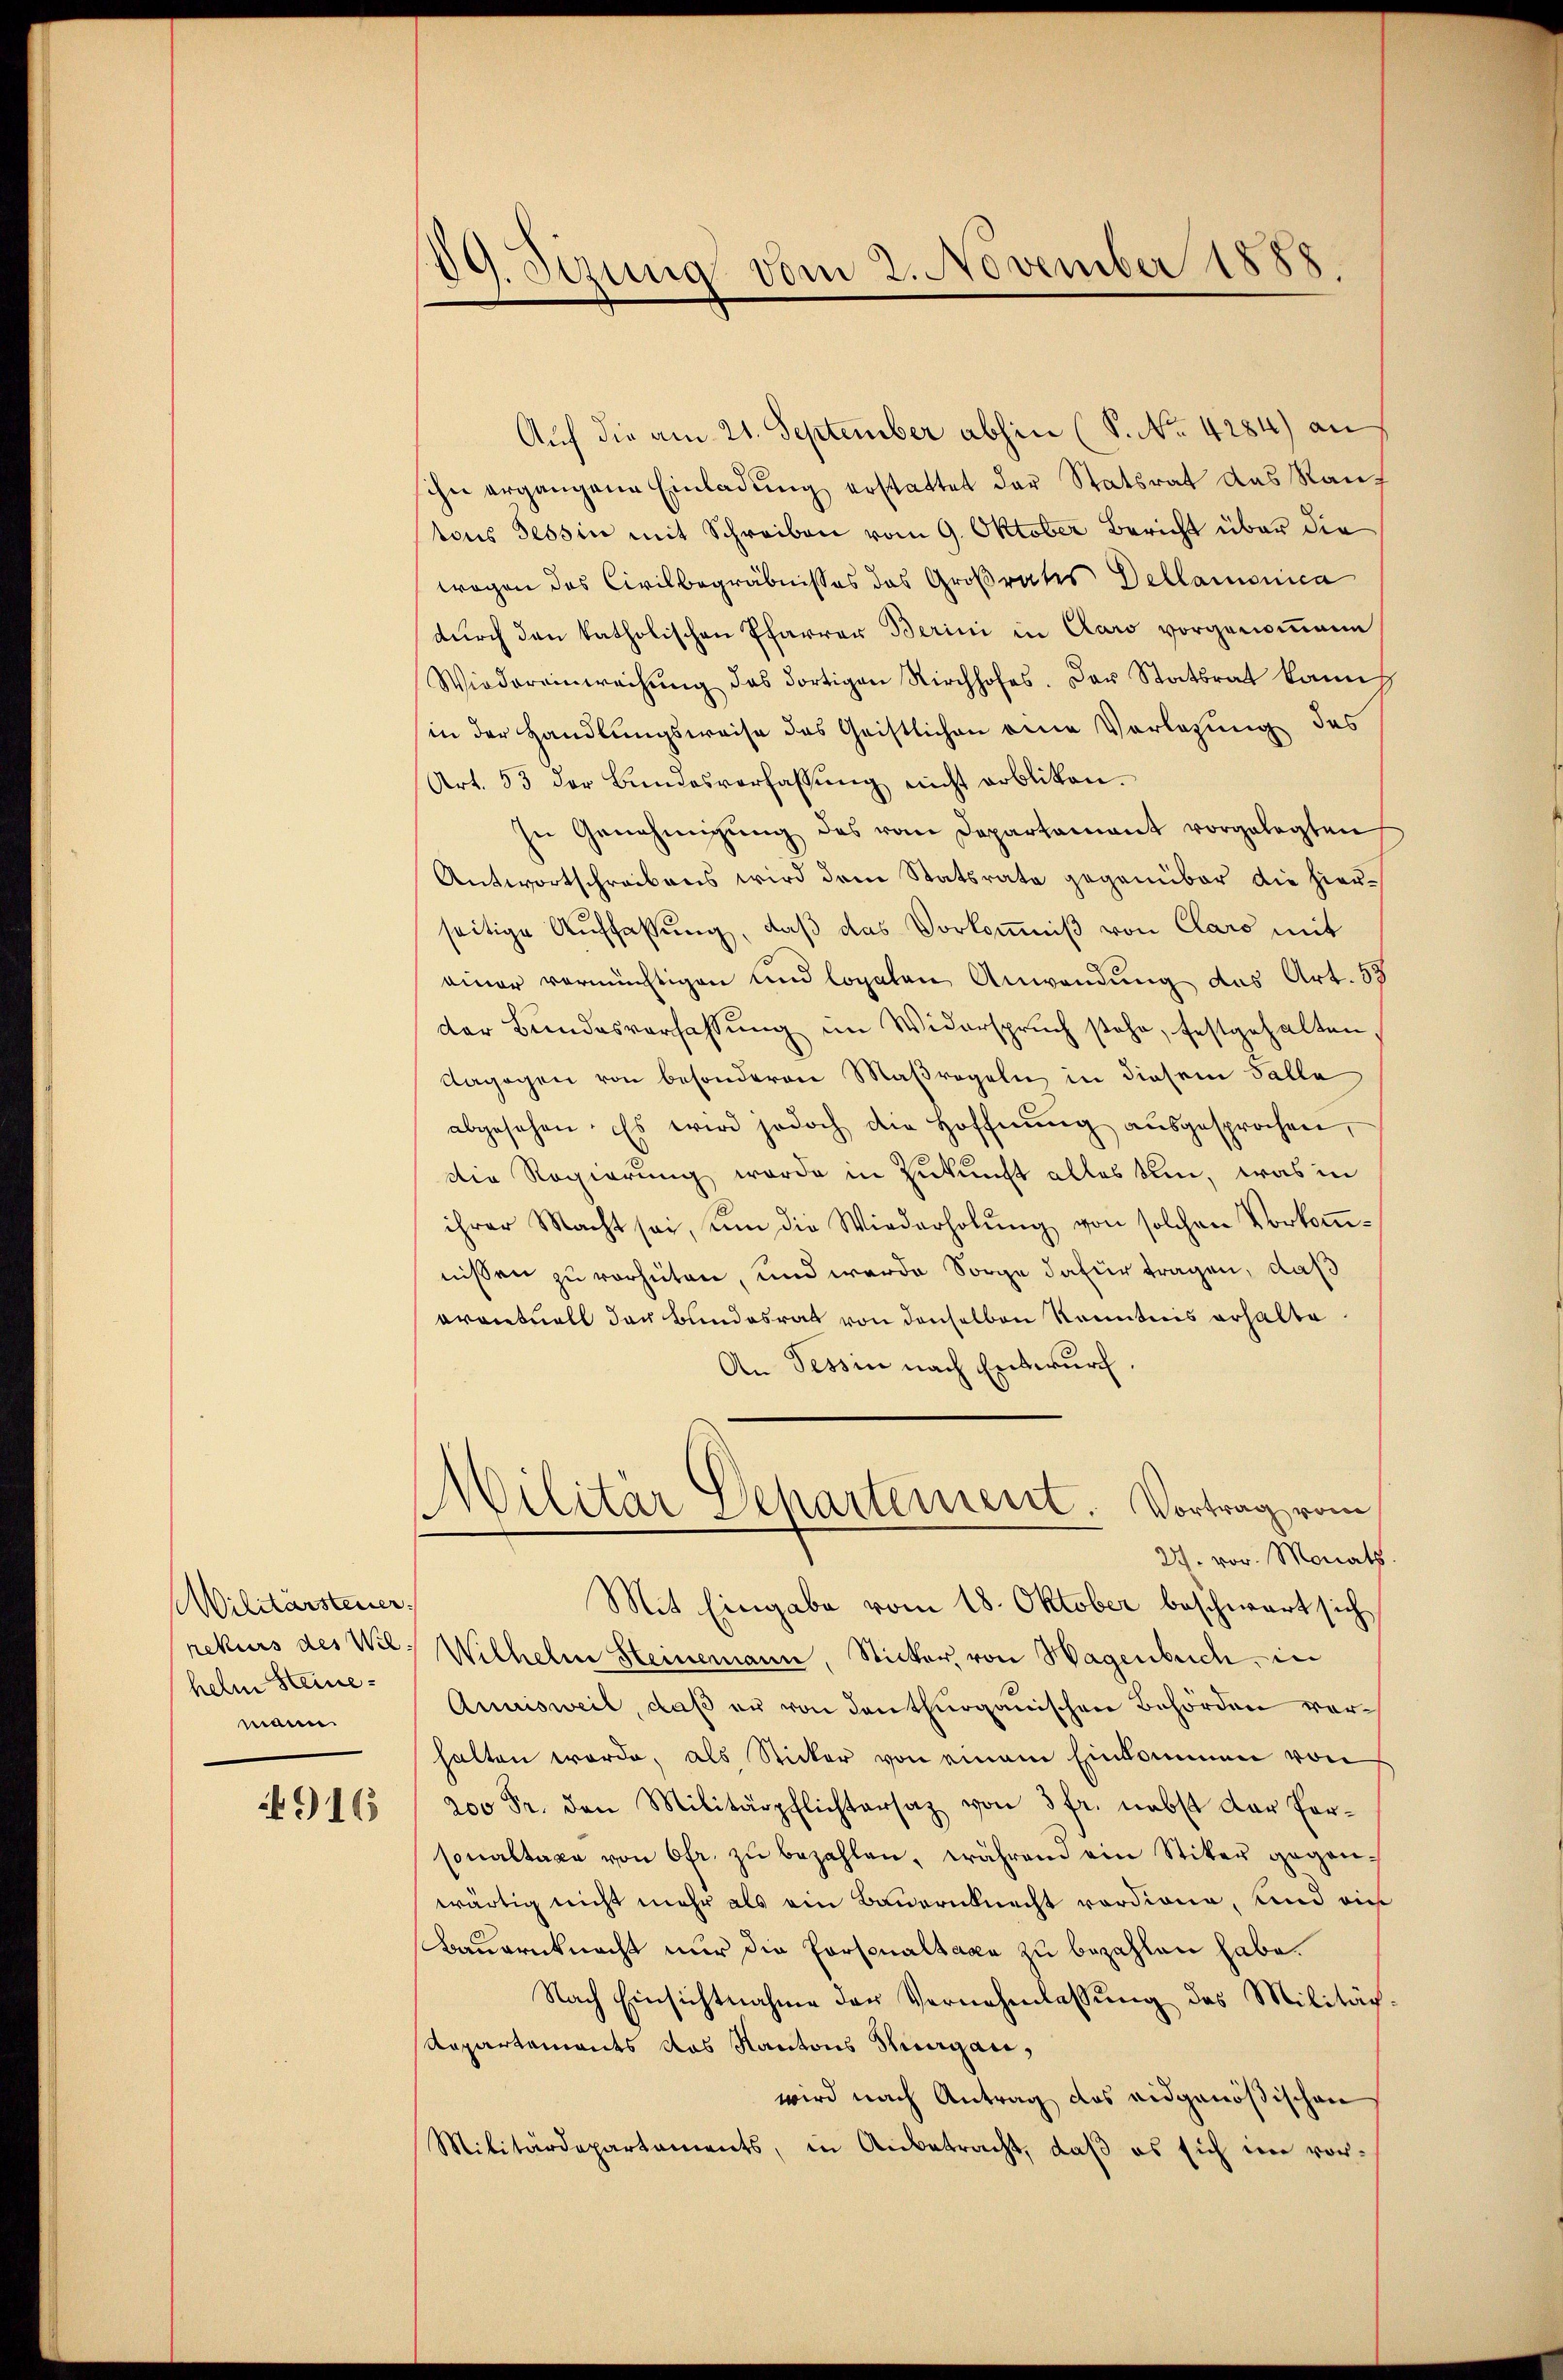
Militärsteuer.
rekurs des Wil
helm Steinemann.

916

88.
89. Sizung vom 2. November 1

Auf die am 21. September abhin (S. No. 4284) an
sihn ergangene Einladung erstattet der Statsrat das Rauf
tons Tessin mit Schreiben vom 9. Oktober Bericht über die
wegen des Civilbegräbnisses des Großrates Dellamonica
durch den katholischen Pfarrer Berini in Caro vorgenommene
Wiedereinwachŭng des dortigen Kirchhofes. Der Statsrat kann
in der Handlungsweise des Geistlichen eine Vorlesung des
Art. 53 der Bŭndesverfassŭng nicht erbliken.
In Genehmigŭng des vom Departamant vorgelegten
Antwortschreibens wird dem Statsrate gegenüber die hierseitige Auffassung, daß das Vorkommniß von Claro mit
einer vormüchtigen und logaten Anwendung das Art. 53
der Bŭndesverfassŭng im Widerspruch stehe, festgehalten,
dagogen von besonderen Maßregeln in diesem Falle
abgesehen. Es wird jedoch die Hoffnŭng aŭsgesprochen,
die Regierung werde in Zukunft alles sein, was in
ihrer Macht sei, um die Wiederholŭng von solchen Vorkomnissen zu verhüten, und werde Sorge dafür tragen, daß
oventuell der Bundesrat von denselben Kenntnis erhalte
An Tessin nach Entwurf
Militär Departement. Vortrag vom
27. vor. Monath.
Mit Eingabe vom 18. Oktober beschwart sich
Wilhelm Steinemann, Sticker, von Wagenbuch, in
Annisweil, daß er von denthurganischen Behörden vorhalten werde, als Sticker von einem Einkommen von
200 Fr. den Militärpflichtersaz von 3 fr. nebst dar for-
sonaltaxe von Ofr. zŭ bezahlen, während ein Stiker gegenwärtig nicht mehr als ein Bauernknecht vordione, und ein
Bauernknacht nur die Porsenaltaxe zu bezahlen habe.
Nach Einsichtnahme der Vernehmlassung des Militär¬
Repartaments das Kantons Thurgau,
wird nach Antrag des eidgenößischen
Militärdepartaments, in Anbetracht, daβ es sich im vor¬